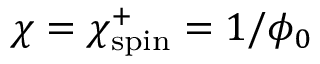
\chi = \chi _ { \mathrm { s p i n } } ^ { + } = 1 / \phi _ { 0 }